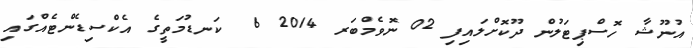
އުނޫޝާ ހޮސްޕިޓަލުން ދޫކޮށްލައިފި 02 ނޮވެމްބަރ 2014 6  ކަނޑުމަތީގެ އެކްސިޑެންޓެއްގައި